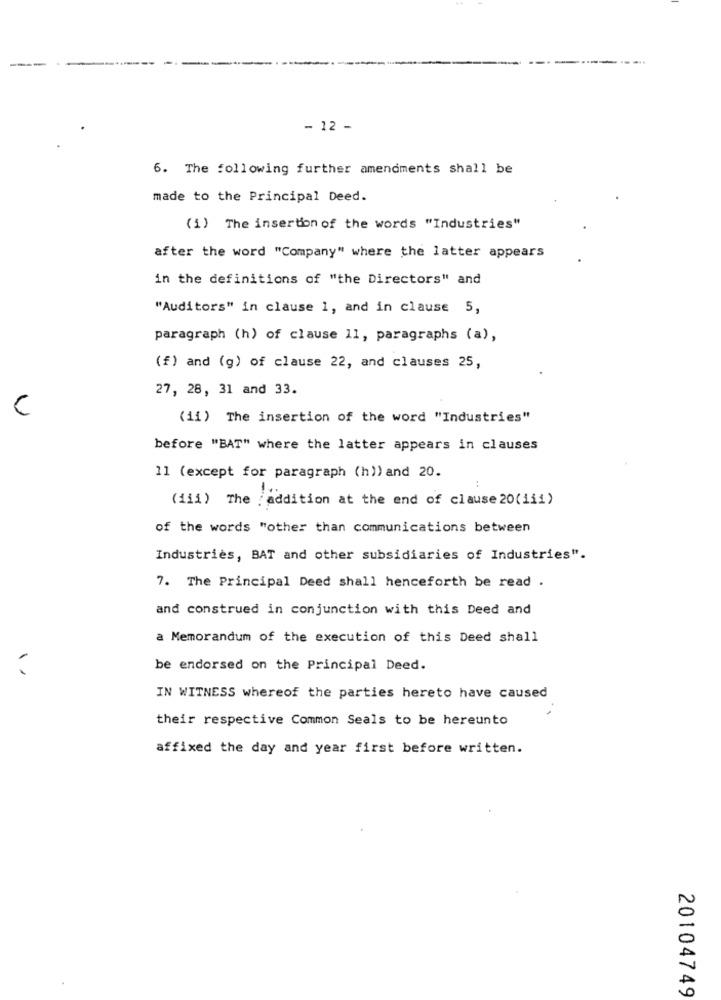
- 12 -
6. The following further amendments shall be
made to the Principal Deed.
(1) The insertion of the words "Industries"
after the word "Company" where the latter appears
in the definitions of "the Directors" and
"Auditors" in clause 1, and in clause 5,
paragraph (h) of clause 11, paragraphs (a),
(f) and (g) of clause 22, and clauses 25,
27, 28, 31 and 33.
C
(11) The insertion of the word "Industries"
before "BAT" where the latter appears in clauses
11 (except for paragraph (h)) and 20.
(111) The addition at the end of clause 20(iii)
of the words "other than communications between
Industries, BAT and other subsidiaries of Industries".
7. The Principal Deed shall henceforth be read .
and construed in conjunction with this Deed and
a Memorandum of the execution of this Deed shall
be endorsed on the Principal Deed.
IN WITNESS whereof the parties hereto have caused
their respective Common Seals to be hereunto
affixed the day and year first before written.
20104749